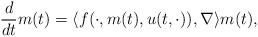
LaTeX: \begin{align*}\frac{d}{dt}m(t)=\langle f(\cdot,m(t),u(t,\cdot)),\nabla\rangle m(t),\end{align*}